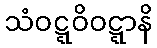
သံဝဋ္ဋဝိဝဋ္ဋာနိ